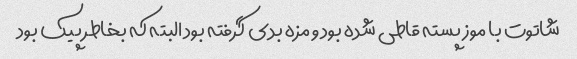
شاتوت با موز پسته قاطی شده بود و مزه بدی گرفته بود البته که بخاطر پیک بود